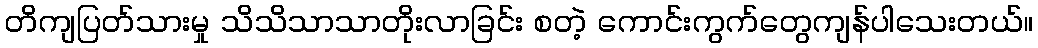
တိကျပြတ်သားမှု သိသိသာသာတိုးလာခြင်း စတဲ့ ကောင်းကွက်တွေကျန်ပါသေးတယ်။